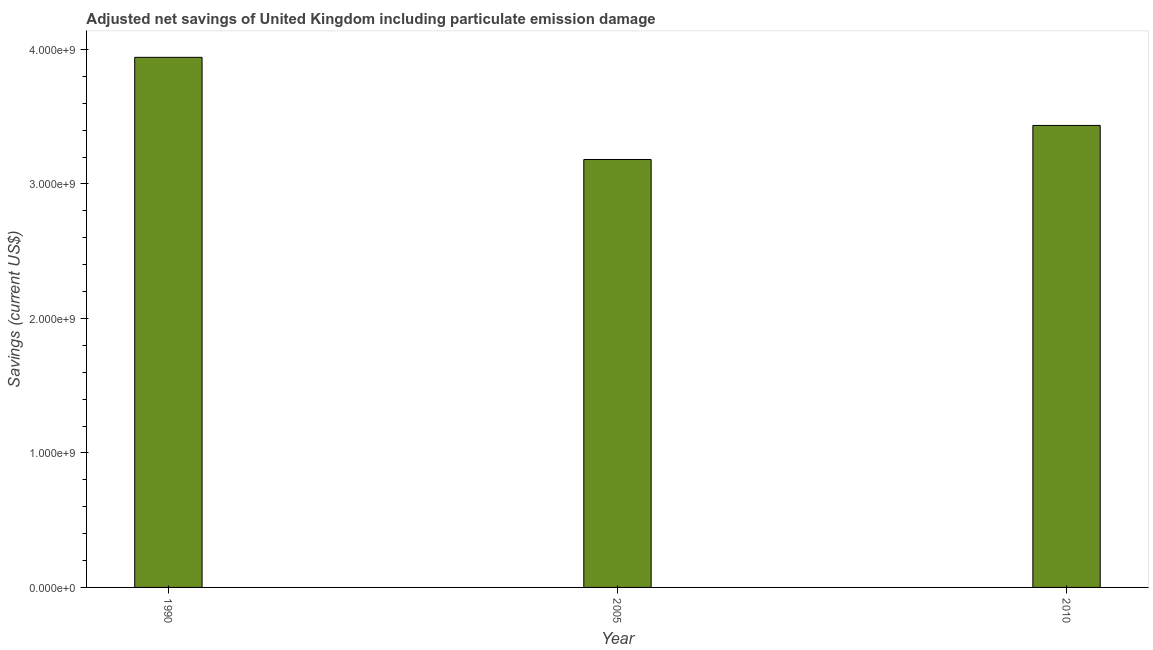
| Year | Adjusted savings: particulate emission damage (current US$) |
 | --- | --- |
 | 1990 | 3.94e+09 |
 | 2005 | 3.18e+09 |
 | 2010 | 3.43e+09 |